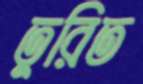
তুরিত